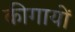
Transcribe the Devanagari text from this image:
कीगायों